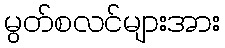
မွတ်စလင်များအား